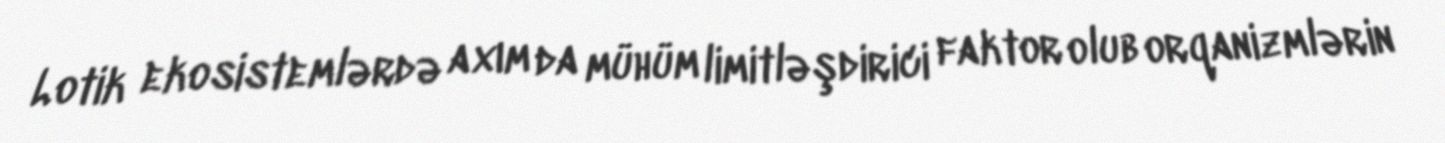
Lotik ekosistemlərdə axım da mühüm limitləşdirici faktor olub orqanizmlərin